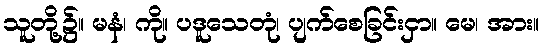
သူတို့၌။ မနံ၊ ကို။ ပဒူသေတုံ၊ ပျက်စေခြင်းငှာ။ မေ၊ အား။